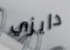
دايزي